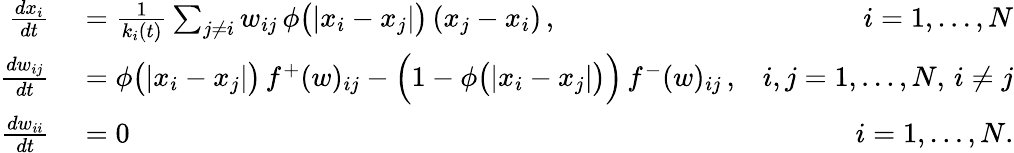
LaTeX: \begin{array}{rlr}{\frac{dx_{i}}{dt}}&{{}=\frac{1}{k_{i}(t)}\sum_{j\neq i}w_{ij}\, \phi\big(|x_{i}-x_{j}|\big)\, (x_{j}-x_{i})\, ,}&{i=1,\dots,N}\\ {\frac{dw_{ij}}{dt}}&{{}=\phi\big(|x_{i}-x_{j}|\big)\, f^{+}(w)_{ij}-\Big(1-\phi\big(|x_{i}-x_{j}|\big)\Big)\, f^{-}(w)_{ij}\, ,}&{i,j=1,\dots,N,\, i\neq j}\\ {\frac{dw_{ii}}{dt}}&{{}=0}&{i=1,\dots,N.}\end{array}